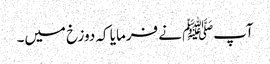
آپﷺ نے فرمایا کہ دوزخ میں۔